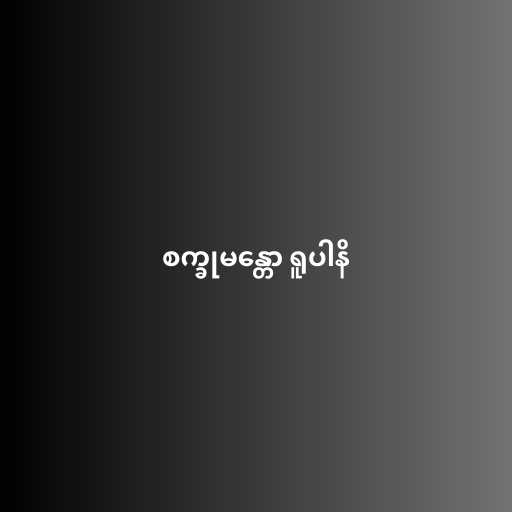
စက္ခုမန္တော ရူပါနိ